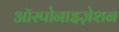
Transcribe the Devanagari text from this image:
ऑस्पोनाइज़ेशन